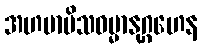
အဟမာမိသဓမ္မာနုဂ္ဂဟေန